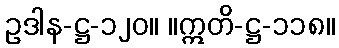
ဥဒါန-ဋ္ဌ-၁၂၀။ ။ဣတိ-ဋ္ဌ-၁၁၈။